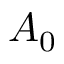
A _ { 0 }